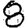
Digit: 8